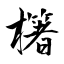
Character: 櫡